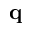
\mathbf { q }